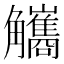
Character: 觿